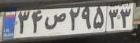
۳۴ص۲۹۵۳۳